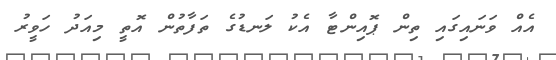
އެއް ވަނައިގައި ތިން ޕޮއިންޓާ އެކު ލަނޑުގެ ތަފާތުން އޮތީ މިއަދު ހަވީރު